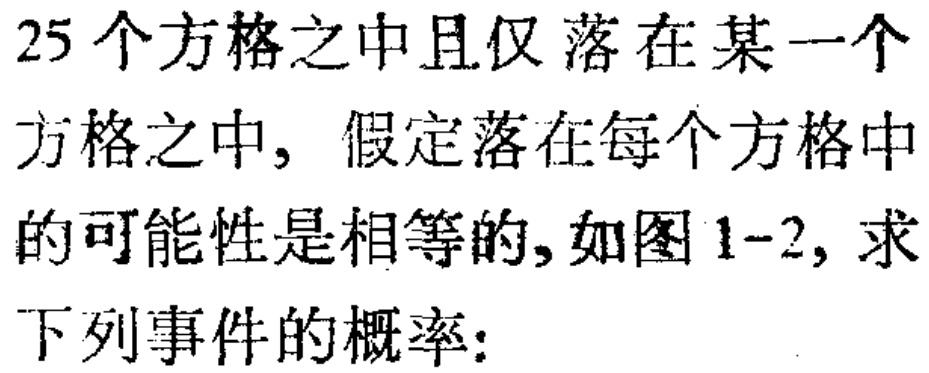
25 个方格之中且仅落在某一个方格之中，假定落在每个方格中的可能性是相等的, 如图 1-2, 求下列事件的概率: